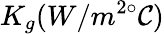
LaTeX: K_{g}(W/m^{2\circ}\mathcal{C})